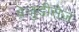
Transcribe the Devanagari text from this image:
प्रेजुडीसेज़